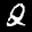
Label: 2